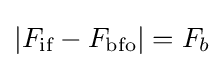
\left|F_{\text{if}}-F_{\text{bfo}}\right|=F_{b}